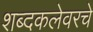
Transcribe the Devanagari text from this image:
शब्दकलेवरचे